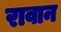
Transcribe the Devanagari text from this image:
रावान